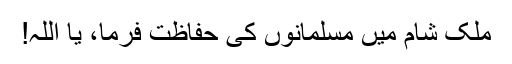
ملک شام میں مسلمانوں کی حفاظت فرما، یا اللہ!